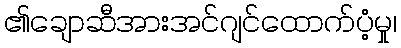
၏ချောဆီအားအင်ဂျင်ထောက်ပံ့မှု၊